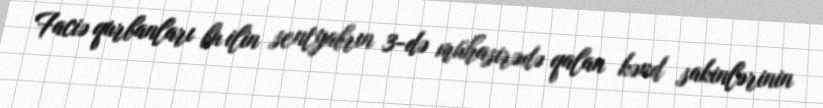
Faciə qurbanları bu ilin sentyabrın 3-də mühasirədə qalan kənd sakinlərinin